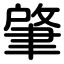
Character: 肇